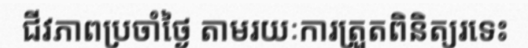
ជីវភាពប្រចាំថ្ងៃ តាមរយៈការត្រួតពិនិត្យរទេះ